Civil Veterinary Department. United Provinces 1932-42 - 1932-1942
Year: 1932
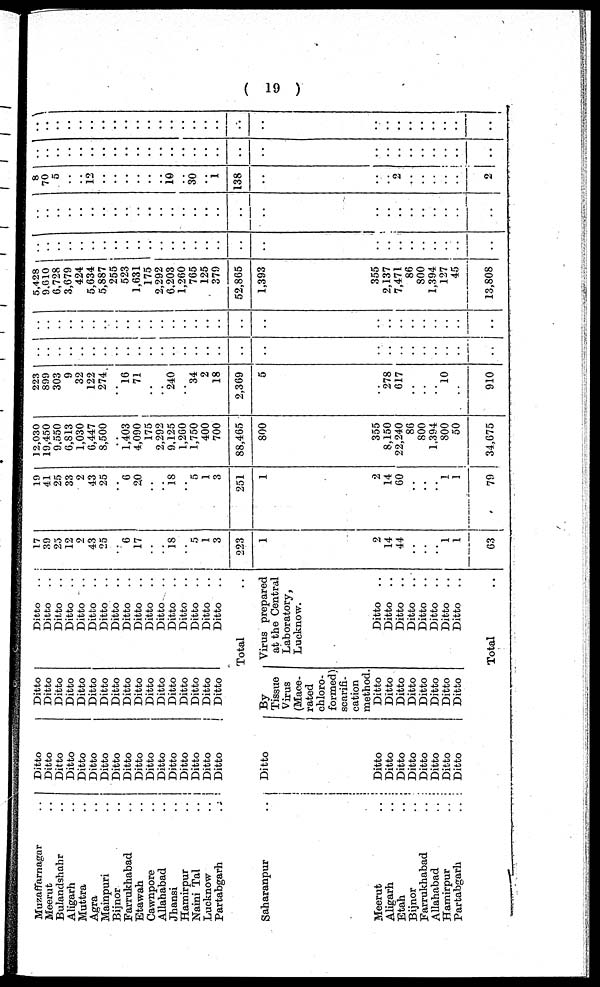
( 19 )
Muzaffarnagar ..
Meerut ..
Bulandshahr ..
Aligarh ..
Muttra ..
Agra ..
Mainpuri ..
Bijnor ..
Farrukhabad ..
Etawah ..
Cawnpore ..
Allahabad ..
Jhansi ..
Hamirpur ..
Naini Tal ..
Lucknow ..
Partabgarh ..
Ditto
Ditto
Ditto
Ditto
Ditto
Ditto
Ditto
Ditto
Ditto
Ditto
Ditto
Ditto
Ditto
Ditto
Ditto
Ditto
Ditto
Ditto
Ditto
Ditto
Ditto
Ditto
Ditto
Ditto
Ditto
Ditto
Ditto
Ditto
Ditto
Ditto
Ditto
Ditto
Ditto
Ditto
Ditto ..
Ditto
..
Ditto
..
Ditto
..
Ditto
..
Ditto
..
Ditto
..
Ditto
..
Ditto
..
Ditto
..
Ditto
..
Ditto ..
Ditto
..
Ditto
..
Ditto
..
Ditto
..
Ditto
..
Total ..
Saharanpur ..
Meerut ..
Aligarh ..
Etah ..
Bijnor ..
Farrukhabad ..
Allahabad ..
Hamirpur ..
Partabgarh ..
Ditto
Ditto
Ditto
Ditto
Ditto
Ditto
Ditto
Ditto
Ditto
By
Tissue
Virus
(Mace-
rated
chloro-
formed)
scarifi-
cation
method. Ditto
Ditto
Ditto
Ditto
Ditto
Ditto
Ditto
Ditto
Virus prepared
at the Central
Laboratory,
Lucknow.
Ditto
..
Ditto
..
Ditto
..
Ditto
..
Ditto
..
Ditto
..
Ditto
..
Ditto
..
Total ..
17
39
25
12
2
43
25
..
6
17
..
..
18
..
5
1
3
223
1
2
14
44
..
..
..
1
1
63
19
41
25
33
2
43
25
..
6
20
..
..
18
..
5
1
3
251
1
2
14
60
..
..
..
1
1
79
12,030
19,450
9,550
6,813
1,030
6,447
8,500
..
1,403
4,090
175
2,292
9,125
1,260
1,750
400
700
88,465
800
355
8,150
22,240
86
800
1,394
800
50
34,675
223
899
303
9
32
122
274
..
16
71
..
..
240
..
34
2
18
2,369
5
..
278
617
..
..
..
l0
..
910
..
..
..
..
..
..
..
..
..
..
..
..
..
..
..
..
..
..
..
..
..
..
..
..
..
..
..
..
..
..
..
..
..
..
..
..
..
..
..
..
..
..
..
..
..
..
..
..
..
..
..
..
..
..
..
..
5,428
9,610
6,728
3,679
424
5,634
5,887
255
523
1,631
175
2,292
6,203
1,260
765
125
379
52,865
1,393
355
2,137
7,471
86
800
1,394
127
45
13,808
..
..
..
..
..
..
..
..
..
..
..
..
..
..
..
..
..
..
..
..
..
..
..
..
..
..
..
..
..
..
..
..
..
..
..
..
..
..
..
..
..
..
..
..
..
..
..
..
..
..
..
..
..
..
..
..
8
70
5
..
..
12
..
..
..
..
..
..
10
..
30
..
1
138
..
..
..
2
..
..
..
..
..
2
..
..
..
..
..
..
..
..
..
..
..
..
..
..
..
..
..
..
..
..
..
..
..
..
..
..
..
..
..
..
..
..
..
..
..
..
..
..
..
..
..
..
..
..
..
..
..
..
..
..
..
..
..
..
..
..